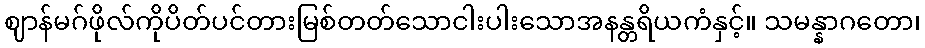
ဈာန်မဂ်ဖိုလ်ကိုပိတ်ပင်တားမြစ်တတ်သောငါးပါးသောအနန္တရိယကံနှင့်။ သမန္နာဂတော၊